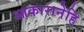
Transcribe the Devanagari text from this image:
आकारानेहि